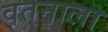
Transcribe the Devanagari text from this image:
वतनाला